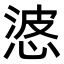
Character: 𭝙